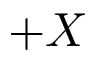
+ X